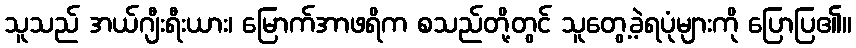
သူသည် အယ်ဂျီးရီးယား၊ မြောက်အာဖရိက စသည်တို့တွင် သူတွေ့ခဲ့ရပုံများကို ပြောပြ၏။